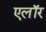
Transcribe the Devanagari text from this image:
एलॉर